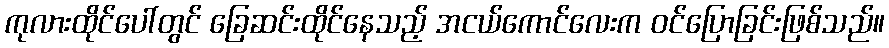
ကုလားထိုင်ပေါ်တွင် ခြေဆင်းထိုင်နေသည့် အငယ်ကောင်လေးက ဝင်ပြောခြင်းဖြစ်သည်။